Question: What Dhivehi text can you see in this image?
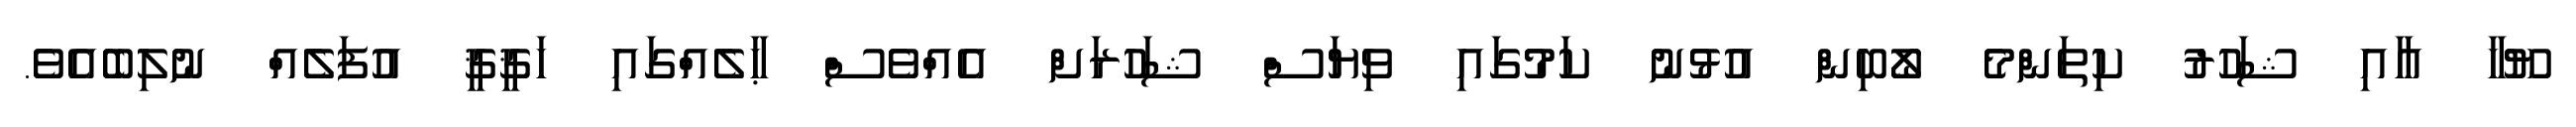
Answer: ޔޫހާ އާއި ޝަހުރު ކިތަންމެ ލޯބިން އުޅުނު ކަމުގައި ވިޔަސް ޝަހުރަށް އެއްވެސް ޙާލެއްގައި ހަޤީޤީ އުފަލެއް ނުލިބެއެވެ.